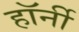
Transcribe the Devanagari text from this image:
हॉर्नी